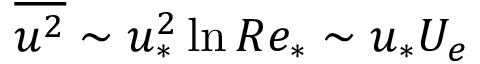
\overline { { u ^ { 2 } } } \sim u _ { * } ^ { 2 } \ln R e _ { * } \sim u _ { * } U _ { e }